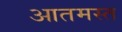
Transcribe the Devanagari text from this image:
आतमस्त